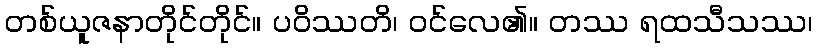
တစ်ယူဇနာတိုင်တိုင်။ ပဝိဿတိ၊ ဝင်လေ၏။ တဿ ရထသီသဿ၊